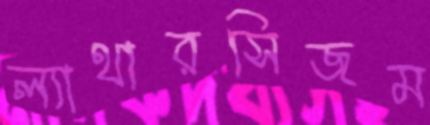
ল্যাথারসিজম